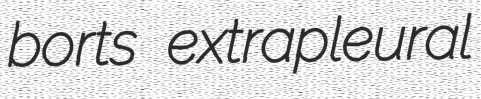
borts extrapleural